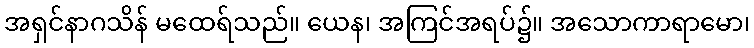
အရှင်နာဂသိန် မထေရ်သည်။ ယေန၊ အကြင်အရပ်၌။ အသောကာရာမော၊